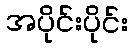
အပိုင်းပိုင်း